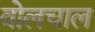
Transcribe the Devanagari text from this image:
वोलचाल